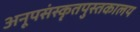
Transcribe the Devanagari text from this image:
अनूपसंस्कृतपुस्तकालय